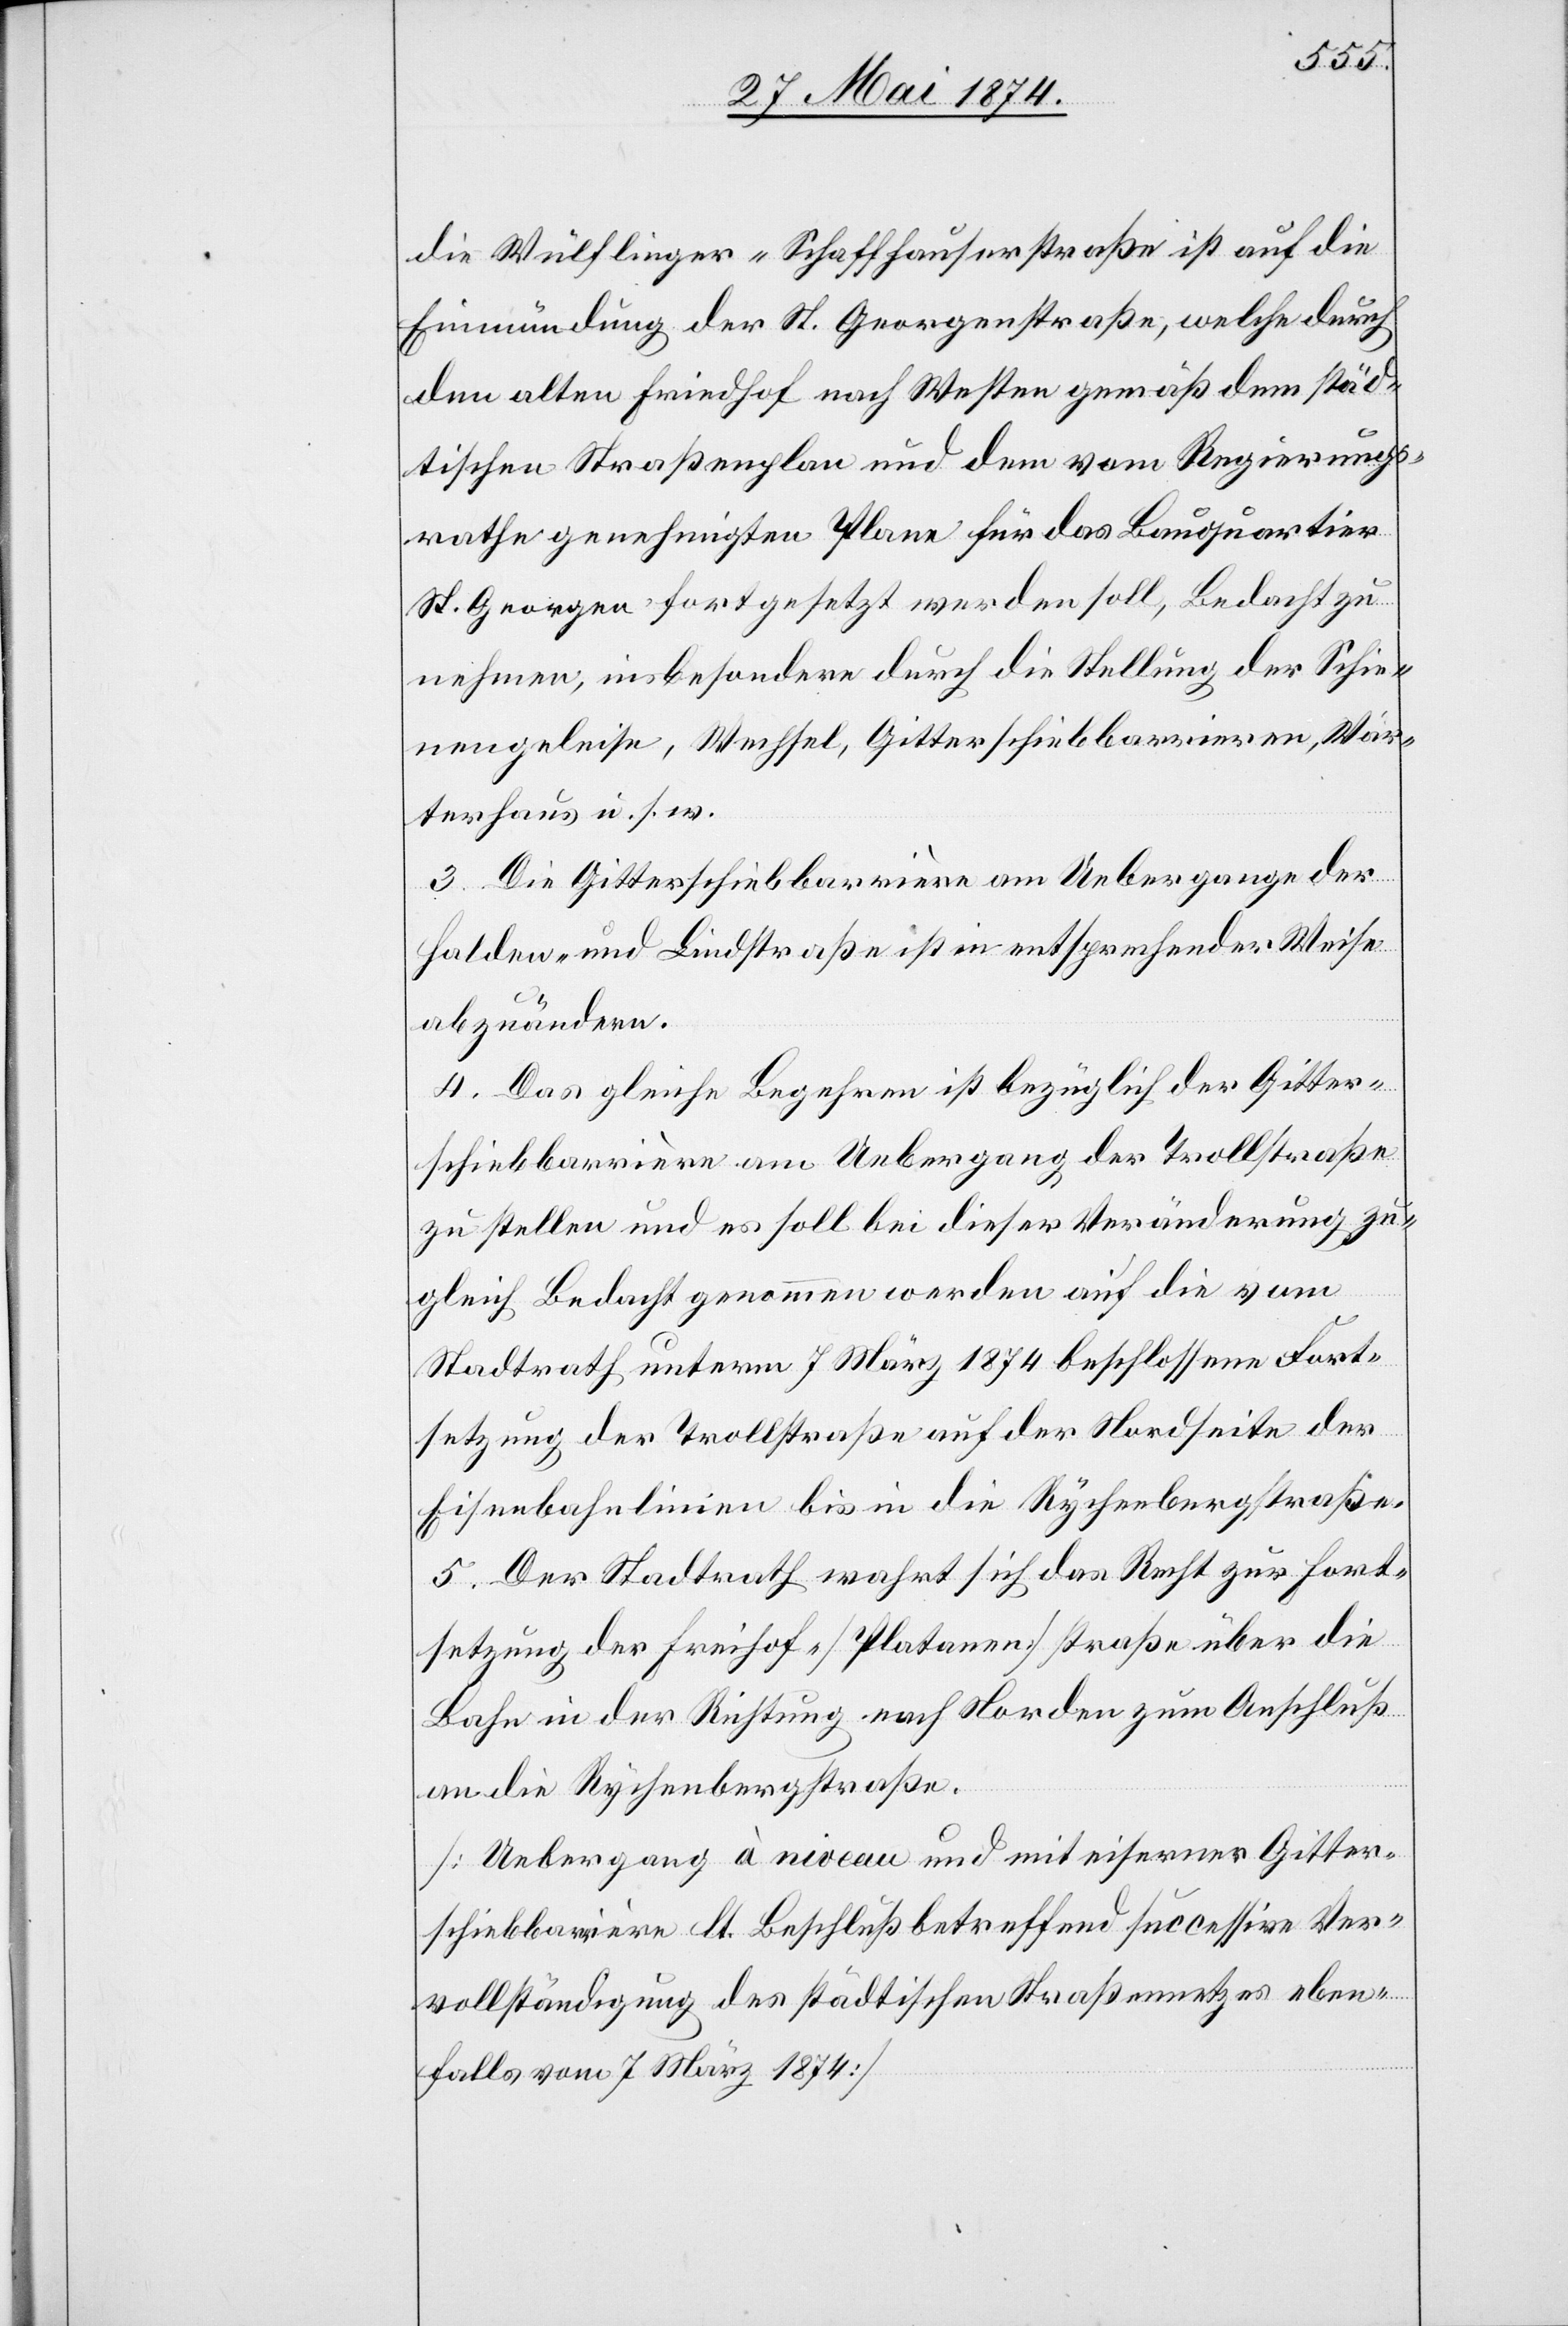
die Wülflinger-Schaffhauserstraße ist auf die
Einmündung der St. Georgenstraße, welche durch
den alten Friedhof nach Westen gemäß dem städ¬
tischen Straßenplan und dem vom Regierungs¬
rathe genehmigten Plane für das Bauquartier
St. Georgen fortgesetzt werden soll, Bedacht zu
nehmen, insbesondere durch die Stellung der Schie¬
nengeleise, Wechsel, Gitterschiebbarrieren, Wär¬
terhaus u. s. w.
3. Die Gitterschiebbarrière am Uebergange der
Halden- und Lindstraße ist in entsprechender Weise
abzuändern.
4. Das gleiche Begehren ist bezüglich der Gitter¬
schiebbarrière am Uebergang der Trollstraße
zu stellen und es soll bei dieser Veränderung zu¬
gleich Bedacht genommen werden auf die vom
Stadtrath unterm 7. März 1874 beschlossene Fort¬
setzung der Trollstraße auf der Nordseite der
Eisenbahnlinien bis in die Rychenbergstraße.
5. Der Stadtrath wahrt sich das Recht zur Fort¬
setzung der Freihof- [Platanen]straße über die
Bahn in der Richtung nach Norden zum Anschluß
an die Rychenbergstraße.
[Uebergang à niveau und mit eiserner Gitter¬
schiebbarrière lt. Beschluß betreffend successive Ver¬
vollständigung des städtischen Straßennetzes eben¬
falls vom 7. März 1874.]